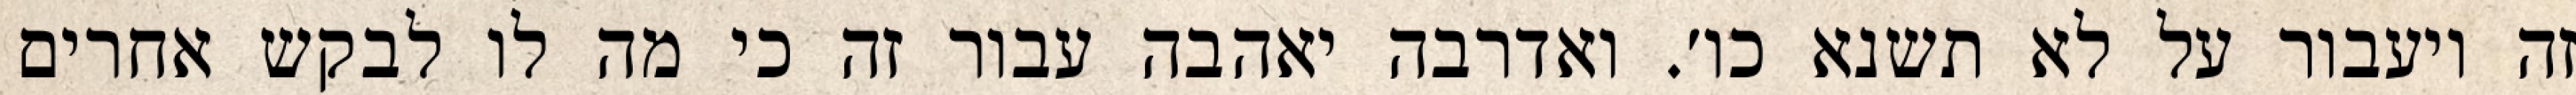
זה ויעבור על לא תשנא כו׳. ואדרבה יאהבה עבור זה כי מה לו לבקש אחרים